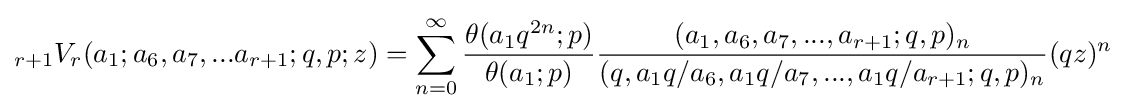
\displaystyle {}_{r+1}V_{r}(a_{1};a_{6},a_{7},...a_{r+1};q,p;z)=\sum _{n=0}^{\infty }{\frac {\theta (a_{1}q^{2n};p)}{\theta (a_{1};p)}}{\frac {(a_{1},a_{6},a_{7},...,a_{r+1};q,p)_{n}}{(q,a_{1}q/a_{6},a_{1}q/a_{7},...,a_{1}q/a_{r+1};q,p)_{n}}}(qz)^{n}